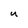
Character: U